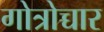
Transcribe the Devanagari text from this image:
गोत्रोच्चार